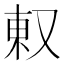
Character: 𫨽